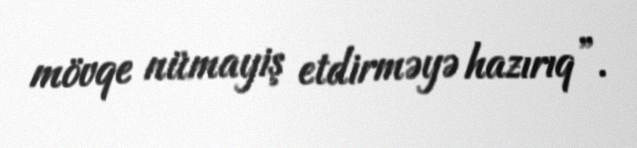
mövqe nümayiş etdirməyə hazırıq”.